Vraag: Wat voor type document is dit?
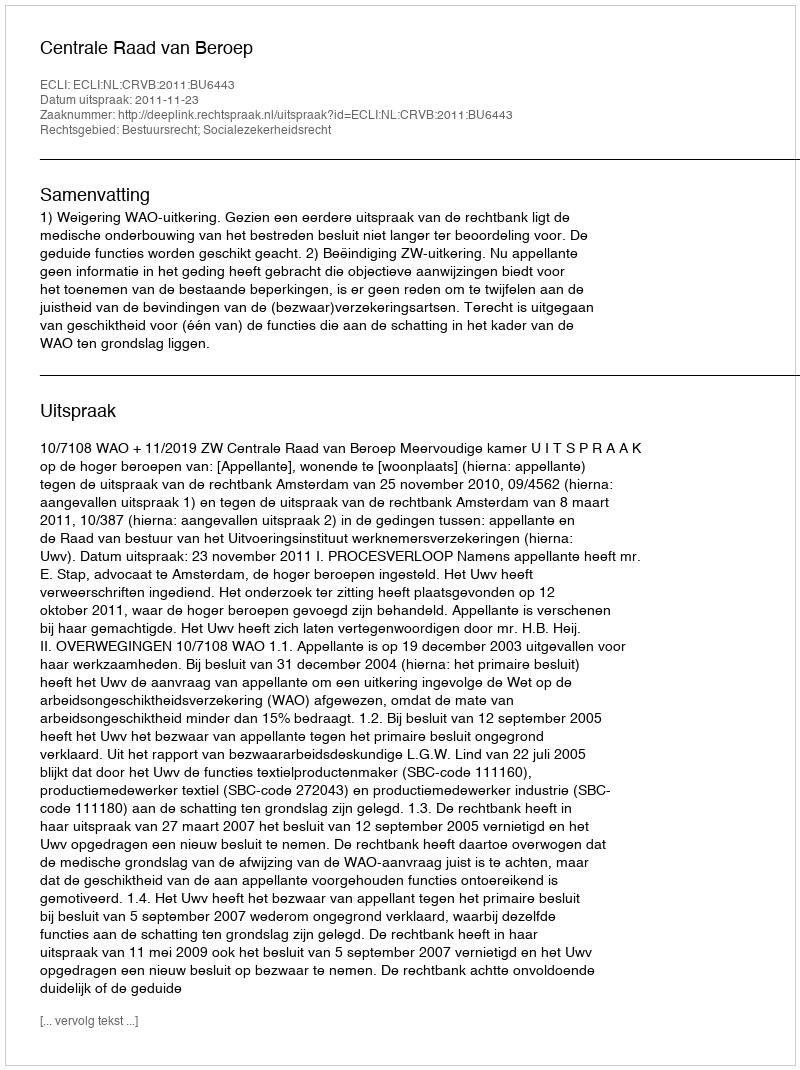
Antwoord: Uitspraak